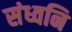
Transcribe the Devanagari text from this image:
संध्वनि